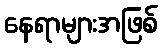
နေရာများအဖြစ်